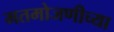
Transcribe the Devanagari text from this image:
मतमोजणीच्या